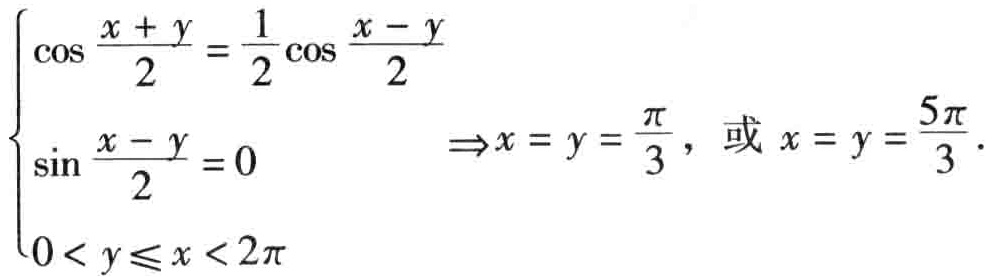
\(\begin{cases}
\cos \frac{x + y}{2} = \frac{1}{2} \cos \frac{x - y}{2}\\
\sin \frac{x - y}{2} = 0\\
0 < y \leq x < 2\pi
\end{cases}
\Rightarrow x = y = \frac{\pi}{3},\text{ 或 }x = y = \frac{5\pi}{3}.\)